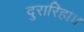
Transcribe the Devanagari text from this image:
दुरारिहा।।